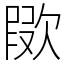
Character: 㰺